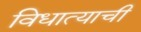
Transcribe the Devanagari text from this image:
विधात्याची